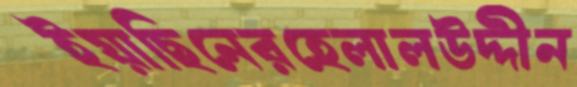
ইয়াছিনেরহেলালউদ্দীন